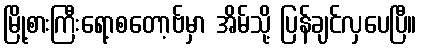
မြို့စားကြီးရော့စတော့ဗ်မှာ အိမ်သို့ ပြန်ချင်လှပေပြီ။